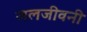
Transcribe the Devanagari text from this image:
जलजीवनी